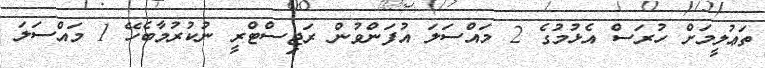
ތަޢުލީމަށް ހުރަސް އެޅުމުގެ 2 މައްސަލަ އުފަންވުން ރަޖިސްޓްރީ ނުކުރުމާބެހޭ 1 މައްސަލަ